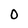
Character: O